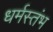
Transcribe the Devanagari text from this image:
धर्मस्तंभ